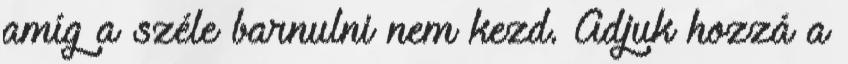
amíg a széle barnulni nem kezd. Adjuk hozzá a